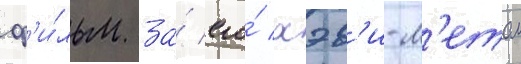
ф'и́льм за́ его́ хэв'и-м'етал